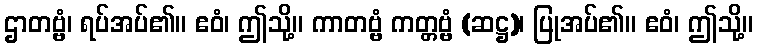
ဌာတဗ္ဗံ၊ ရပ်အပ်၏။ ဧဝံ၊ ဤသို့။ ကာတဗ္ဗံ ကတ္တဗ္ဗံ (ဆဋ္ဌ)၊ ပြုအပ်၏။ ဧဝံ၊ ဤသို့။